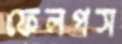
ফেলপস